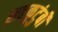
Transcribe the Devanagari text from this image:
सहकुटुंबी